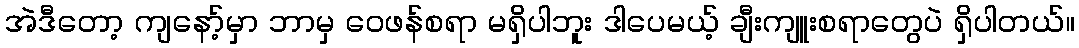
အဲဒီတော့ ကျနော့်မှာ ဘာမှ ဝေဖန်စရာ မရှိပါဘူး ဒါပေမယ့် ချီးကျူးစရာတွေပဲ ရှိပါတယ်။